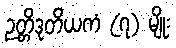
ဉတ္တိဒုတိယကံ (၇) မျိုး